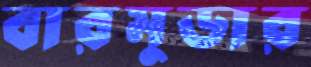
বারমুডার